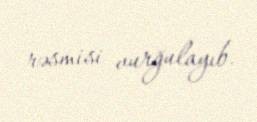
rəsmisi vurğulayıb.